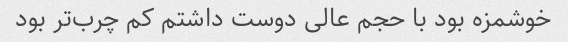
خوشمزه بود با حجم عالی دوست داشتم کم چرب‌تر بود